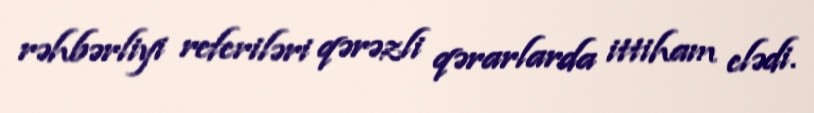
rəhbərliyi referiləri qərəzli qərarlarda ittiham elədi.